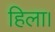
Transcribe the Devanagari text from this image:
हिला।